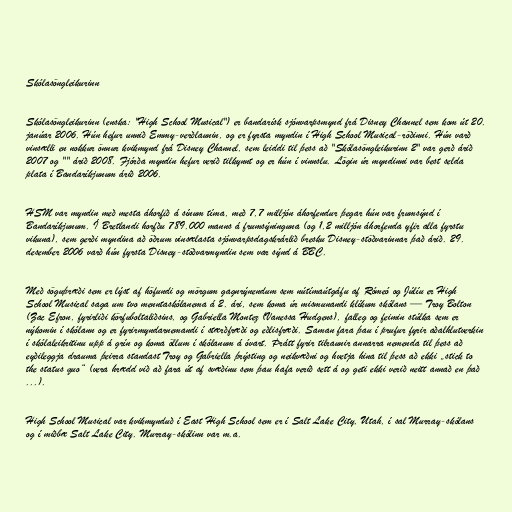
Skólasöngleikurinn

Skólasöngleikurinn (enska: "High School Musical") er bandarísk sjónvarpsmynd frá Disney Channel sem kom út 20.
janúar 2006. Hún hefur unnið Emmy-verðlaunin, og er fyrsta myndin í High School Musical-röðinni. Hún varð
vinsælli en nokkur önnur kvikmynd frá Disney Channel, sem leiddi til þess að "Skólasöngleikurinn 2" var gerð árið
2007 og "" árið 2008. Fjórða myndin hefur verið tilkynnt og er hún í vinnslu. Lögin úr myndinni var best selda
plata í Bandaríkjunum árið 2006.

HSM var myndin með mesta áhorfið á sínum tíma, með 7,7 milljón áhorfendur þegar hún var frumsýnd í
Bandaríkjunum. Í Bretlandi horfðu 789.000 manns á frumsýninguna (og 1,2 milljón áhorfenda yfir alla fyrstu
vikuna), sem gerði myndina að öðrum vinsælasta sjónvarpsdagskrárlið bresku Disney-stöðvarinnar það árið. 29.
desember 2006 varð hún fyrsta Disney-stöðvarmyndin sem var sýnd á BBC.

Með söguþræði sem er lýst af höfundi og mörgum gagnrýnendum sem nútímaútgáfu af Rómeó og Júlíu er High
School Musical saga um tvo menntaskólanema á 2. ári, sem koma úr mismunandi klíkum skólans — Troy Bolton
(Zac Efron, fyrirliði körfuboltaliðsins, og Gabriella Montez (Vanessa Hudgens), falleg og feimin stúlka sem er
nýkomin í skólann og er fyrirmyndarnemandi í stærðfræði og eðlisfræði. Saman fara þau í prufur fyrir aðalhlutverkin
í skólaleikritinu upp á grín og koma öllum í skólanum á óvart. Þrátt fyrir tilraunir annarra nemenda til þess að
eyðileggja drauma þeirra standast Troy og Gabriella þrýsting og neikvæðni og hvetja hina til þess að ekki „stick to
the status quo“ (vera hrædd við að fara út af svæðinu sem þau hafa verið sett á og geti ekki verið neitt annað en það
...).

High School Musical var kvikmynduð í East High School sem er í Salt Lake City, Utah, í sal Murray-skólans
og í miðbæ Salt Lake City. Murray-skólinn var m.a.